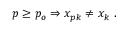
p \ge p _ { o } \Rightarrow x _ { p k } \ne x _ { k } \ .